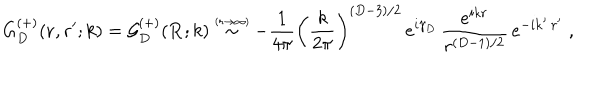
LaTeX: G _ { { D } } ^ { ( + ) } ( { \bf r } , { \bf r } ^ { \prime } ; k ) = { \mathcal G } _ { { D } } ^ { ( + ) } ( { \bf R } ; k ) \stackrel { \scriptscriptstyle ( r \rightarrow \infty ) } { \sim } - \frac { 1 } { 4 \pi } \left( \frac { k } { 2 \pi } \right) ^ { ( { D } - 3 ) / 2 } \, e ^ { i \gamma _ { { D } } } \, \frac { e ^ { i k r } } { r ^ { ( { D } - 1 ) / 2 } } \, e ^ { - i { \bf k } ^ { \prime } \cdot { \bf r } ^ { \prime } } \; ,